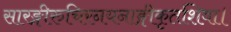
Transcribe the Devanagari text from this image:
सारङ्गीरुचिरनयनाङ्गीकृतशिवा।